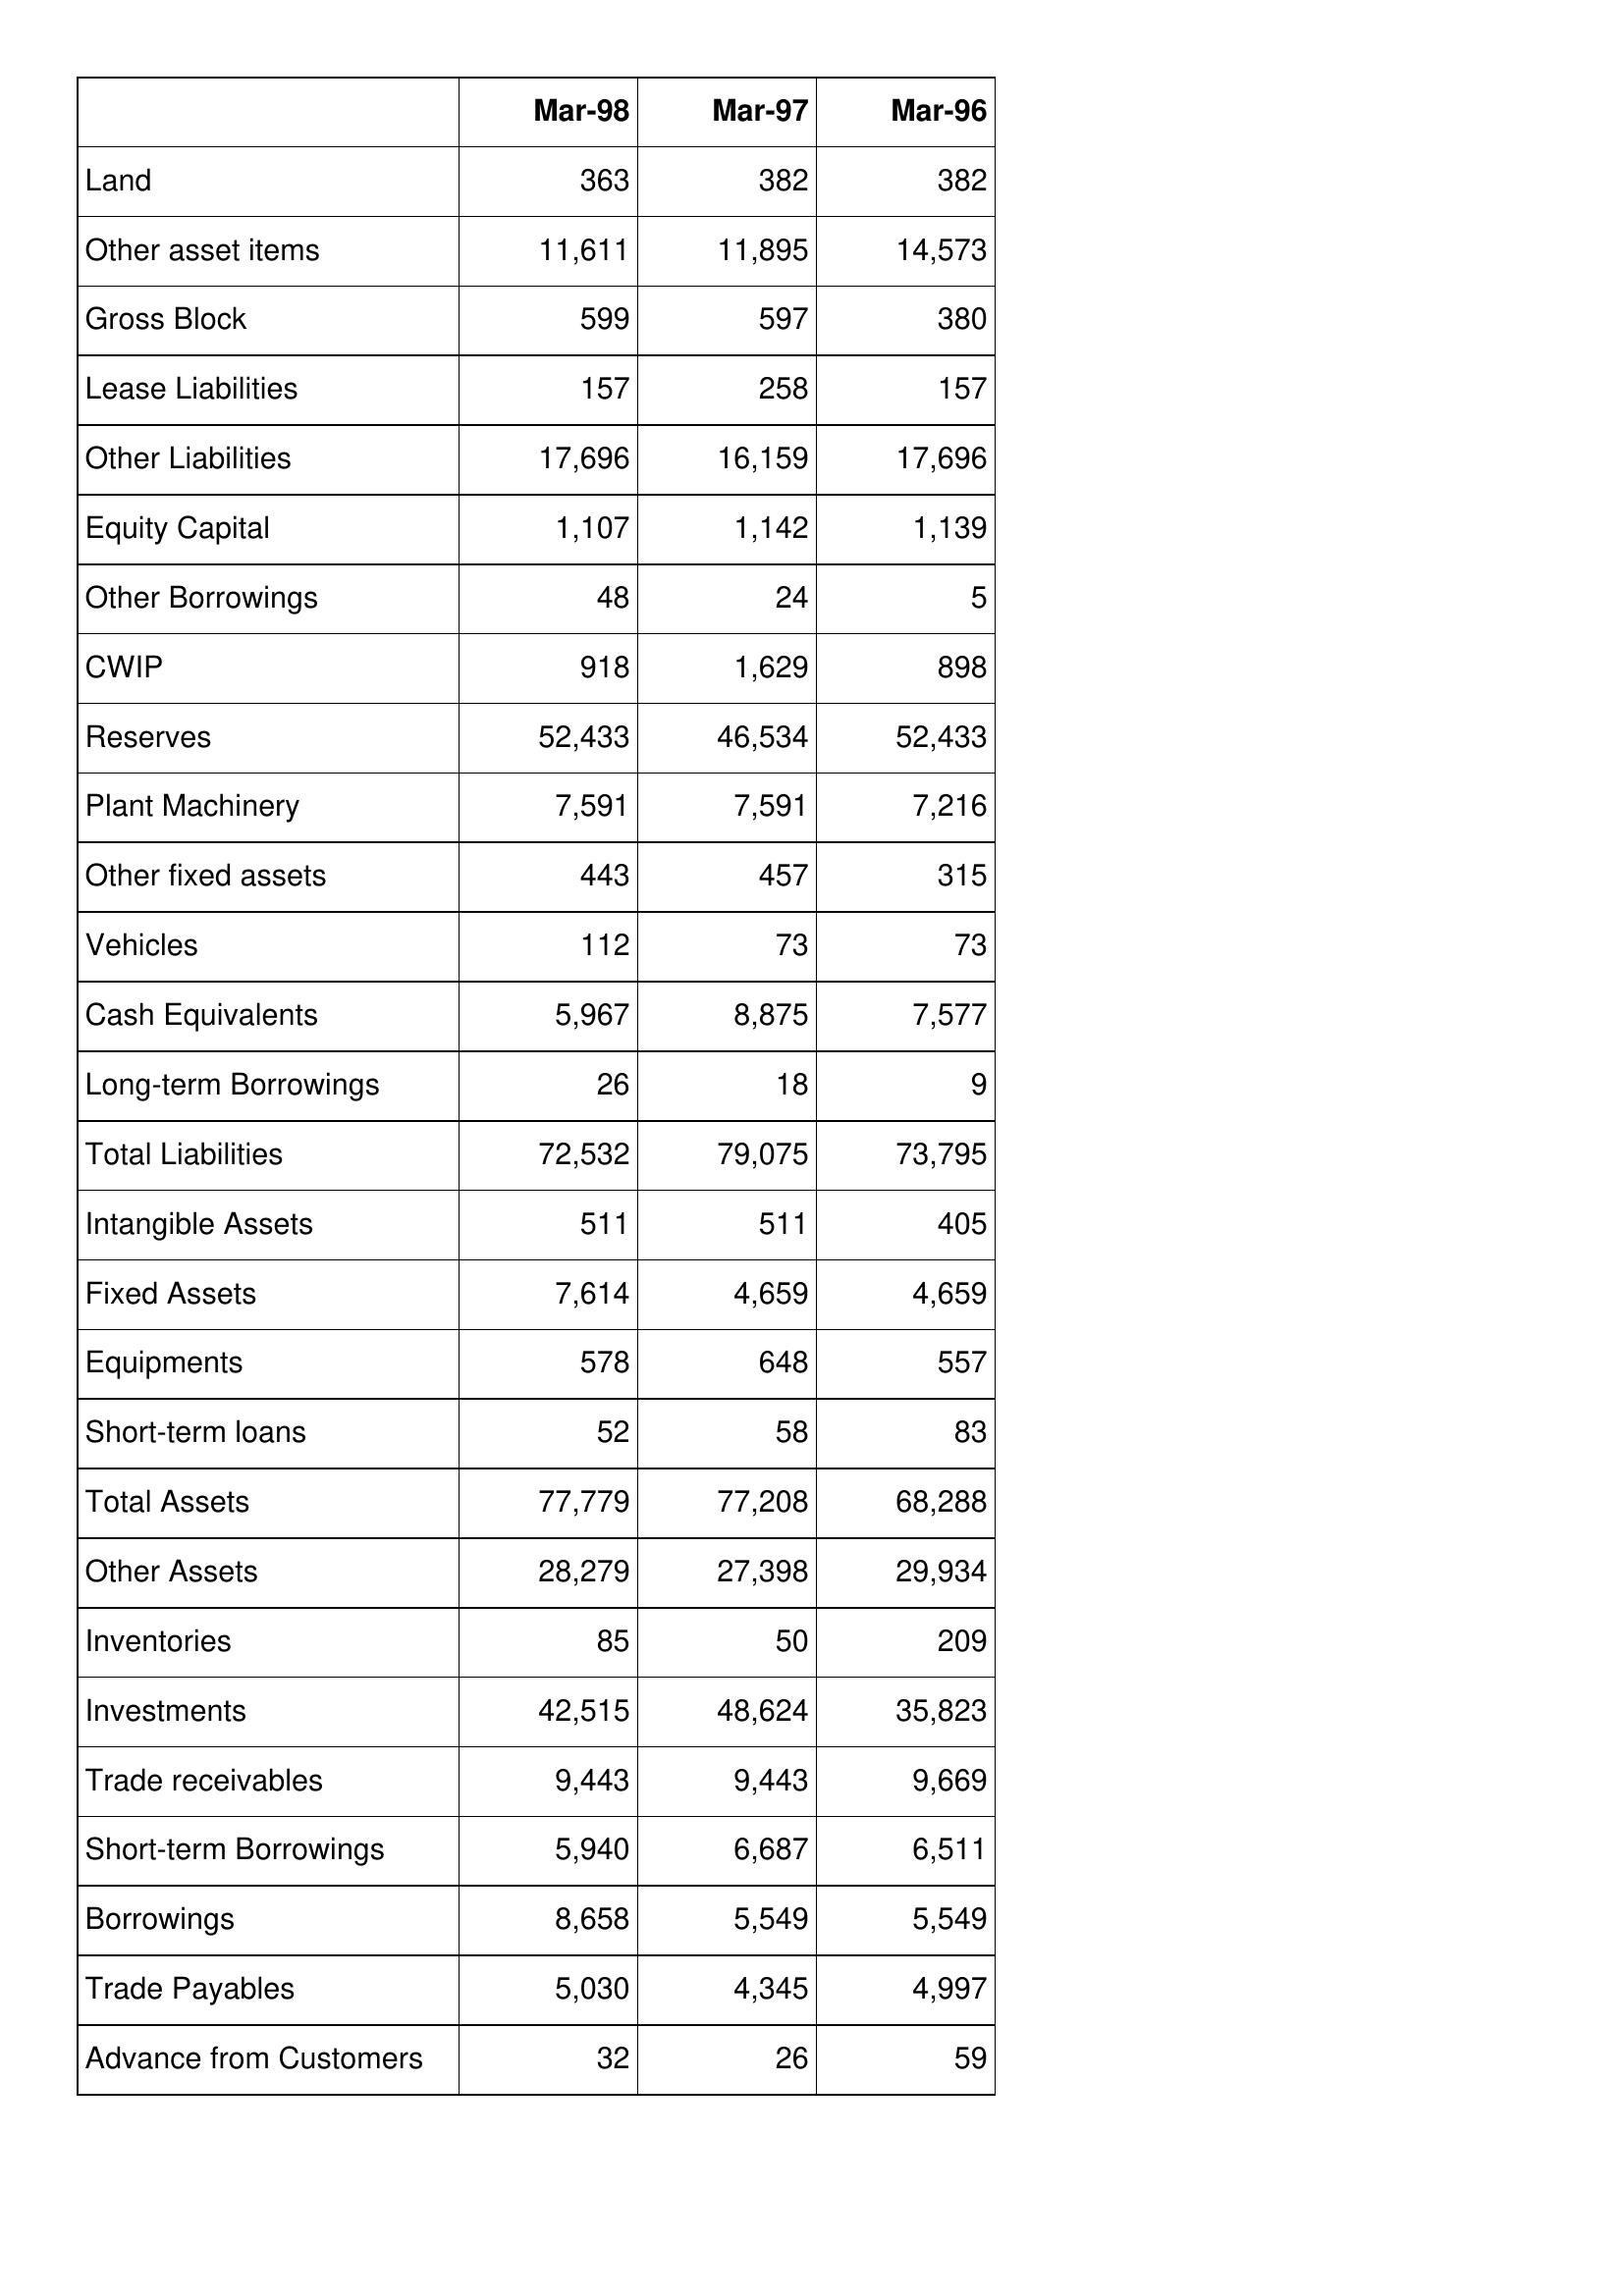
Mar-98: Balance Sheet: Land: 363
Other asset items: 11,611
Gross Block: 599
Lease Liabilities: 157
Other Liabilities: 17,696
Equity Capital: 1,107
Other Borrowings: 48
CWIP: 918
Reserves: 52,433
Plant Machinery: 7,591
Other fixed assets: 443
Vehicles: 112
Cash Equivalents: 5,967
Long-term Borrowings: 26
Total Liabilities: 72,532
Intangible Assets: 511
Fixed Assets: 7,614
Equipments: 578
Short-term loans: 52
Total Assets: 77,779
Other Assets: 28,279
Inventories: 85
Investments: 42,515
Trade receivables: 9,443
Short-term Borrowings: 5,940
Borrowings: 8,658
Trade Payables: 5,030
Advance from Customers: 32
Mar-97: Balance Sheet: Land: 382
Other asset items: 11,895
Gross Block: 597
Lease Liabilities: 258
Other Liabilities: 16,159
Equity Capital: 1,142
Other Borrowings: 24
CWIP: 1,629
Reserves: 46,534
Plant Machinery: 7,591
Other fixed assets: 457
Vehicles: 73
Cash Equivalents: 8,875
Long-term Borrowings: 18
Total Liabilities: 79,075
Intangible Assets: 511
Fixed Assets: 4,659
Equipments: 648
Short-term loans: 58
Total Assets: 77,208
Other Assets: 27,398
Inventories: 50
Investments: 48,624
Trade receivables: 9,443
Short-term Borrowings: 6,687
Borrowings: 5,549
Trade Payables: 4,345
Advance from Customers: 26
Mar-96: Balance Sheet: Land: 382
Other asset items: 14,573
Gross Block: 380
Lease Liabilities: 157
Other Liabilities: 17,696
Equity Capital: 1,139
Other Borrowings: 5
CWIP: 898
Reserves: 52,433
Plant Machinery: 7,216
Other fixed assets: 315
Vehicles: 73
Cash Equivalents: 7,577
Long-term Borrowings: 9
Total Liabilities: 73,795
Intangible Assets: 405
Fixed Assets: 4,659
Equipments: 557
Short-term loans: 83
Total Assets: 68,288
Other Assets: 29,934
Inventories: 209
Investments: 35,823
Trade receivables: 9,669
Short-term Borrowings: 6,511
Borrowings: 5,549
Trade Payables: 4,997
Advance from Customers: 59